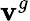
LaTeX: \mathbf{v}^{g}